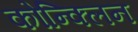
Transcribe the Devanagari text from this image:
कोन्क्लिन